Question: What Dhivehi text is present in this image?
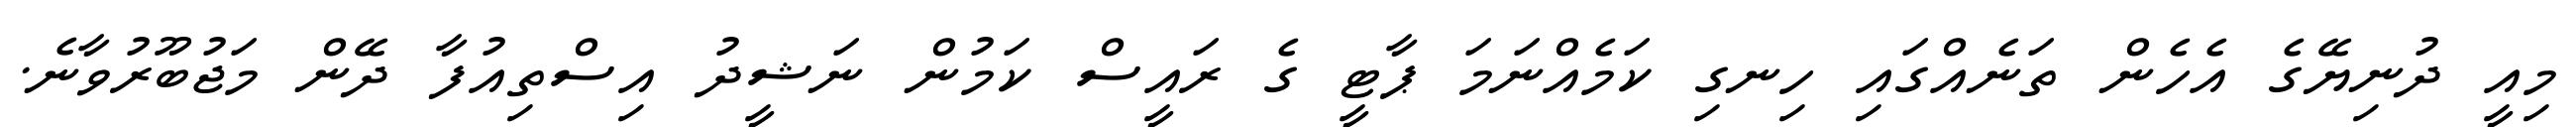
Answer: މިއީ ދުނިޔޭގެ އެހެން ތަނެއްގައި ހިނގި ކަމެއްނަމަ ޕާޓީ ގެ ރައީސް ކަމުން ނަޝީދު އިސްތިއުފާ ދޭން މަޖުބޫރުވާނެ.